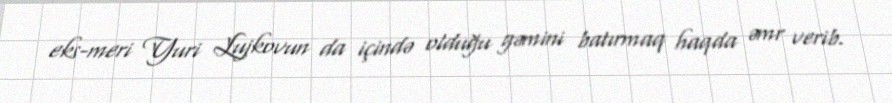
eks-meri Yuri Lujkovun da içində olduğu gəmini batırmaq haqda əmr verib.